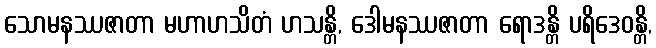
သောမနဿဇာတာ မဟာဟသိတံ ဟသန္တိ, ဒေါမနဿဇာတာ ရောဒန္တိ ပရိဒေဝန္တိ,